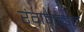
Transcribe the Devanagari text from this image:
रंगमन्डल